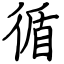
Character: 循